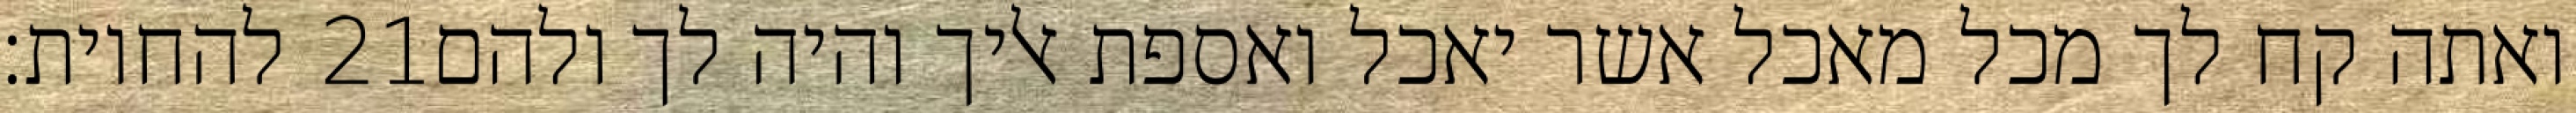
להחיות׃ ‎21‏ ואתה קח לך מכל מאכל אשר יאכל ואספת אליך והיה לך ולהם